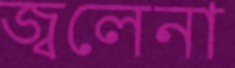
জ্বলেনা